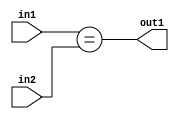
`timescale 1ps / 1ps
/*****************************************************************************
    Verilog RTL Description
    
    
    Created by: Stratus DpOpt 21.05.01 
*******************************************************************************/

module SobelFilter_Equal_6Ux2U_1U_4 (
	in2,
	in1,
	out1
	); /* architecture "behavioural" */ 
input [5:0] in2;
input [1:0] in1;
output  out1;
wire  asc001;

assign asc001 = (in1==in2);

assign out1 = asc001;
endmodule

/* CADENCE  ubDwTgE= : u9/ySxbfrwZIxEzHVQQV8Q== ** DO NOT EDIT THIS LINE ******/